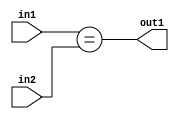
`timescale 1ps / 1ps
/*****************************************************************************
    Verilog RTL Description
    
    
    Created by: Stratus DpOpt 21.05.01 
*******************************************************************************/

module SobelFilter_Equal_6Ux2U_1U_4 (
	in2,
	in1,
	out1
	); /* architecture "behavioural" */ 
input [5:0] in2;
input [1:0] in1;
output  out1;
wire  asc001;

assign asc001 = (in1==in2);

assign out1 = asc001;
endmodule

/* CADENCE  ubDwTgE= : u9/ySxbfrwZIxEzHVQQV8Q== ** DO NOT EDIT THIS LINE ******/